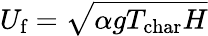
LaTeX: U_{\textrm{f}}=\sqrt{\alpha gT_{\textrm{char}}H}